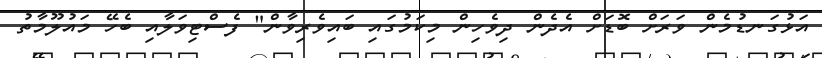
އަޅުގަނޑުމެން ވަރަށް ބޮޑަށް އެދެން ދިވެހިން މިކަމުގައި ބައިވެރިވާން" ފެސްޓިވަލާއި ބެހޭ މައުލޫމާތު